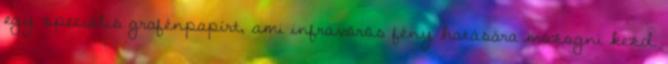
egy speciális grafénpapírt, ami infravörös fény hatására mozogni kezd.